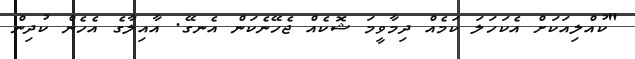
"ކުއްލިއަކަށް އެކަހަލަ ކަމެއް ދިމާވީމަ ޝޮކެއް ޖެހޭނެކަން އެނގޭ. އާއިލާގެ އެހެން ކުދިން